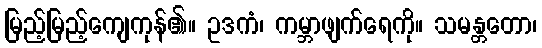
မြည့်မြည့်ကျေကုန်၏။ ဥဒကံ၊ ကမ္ဘာဖျက်ရေကို။ သမန္တတော၊